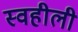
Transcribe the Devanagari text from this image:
स्वहीली